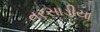
તરસાડીયા